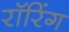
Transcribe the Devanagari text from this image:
रॉरिंग